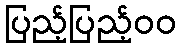
ပြည့်ပြည့်၀၀